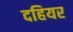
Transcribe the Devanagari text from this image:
दहियर